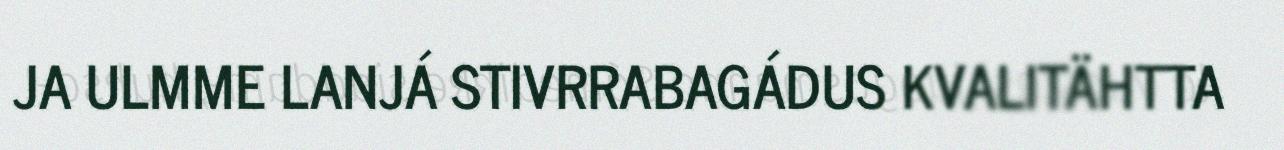
JA ULMME LANJÁ STIVRRABAGÁDUS KVALITÄHTTA